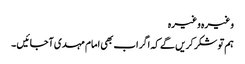
وغیرہ وغیرہ
ہم تو شکر کریں گے کہ اگر اب بھی امام مہدی آجائیں ۔